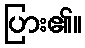
ပြား၏။